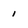
Character: 1